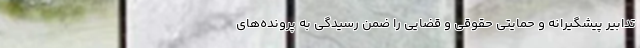
تدابیر پیشگیرانه و حمایتی حقوقی و قضایی را ضمن رسیدگی به پرونده‌های